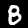
Label: 8